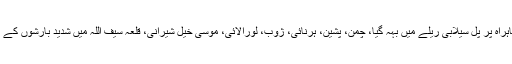
قلعہ عبداللہ کے قریب قومی شاہراہ پر پل سیلابی ریلے میں بہہ گیا، چمن، پشین، ہرنائی، ژوب، لورالائی، موسیٰ خیل شیرانی، قلعہ سیف اللہ میں شدید بارشوں کے باعث ندی نالے بپھر گئے ہیں۔